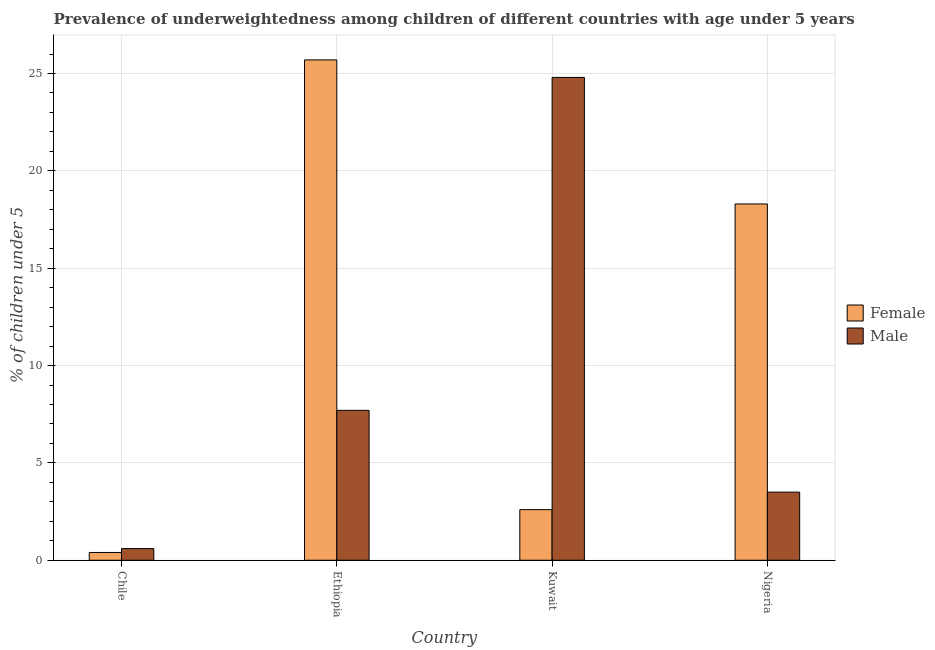
| Country | Female | Male |
 | --- | --- | --- |
 | Chile | 0.4 | 0.6 |
 | Ethiopia | 25.7 | 7.7 |
 | Kuwait | 2.6 | 24.8 |
 | Nigeria | 18.3 | 3.5 |